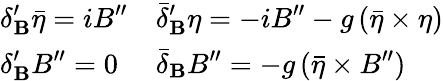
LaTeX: \begin{array}{ll}{{\displaystyle\delta_{\mathbf B}^{\prime}\bar{\eta}=iB^{\prime\prime}}}&{{\displaystyle\bar{\delta}_{\mathbf B}^{\prime}\eta=-iB^{\prime\prime}-g\, (\bar{\eta}\times\eta)}}\\ {{\displaystyle\delta_{\mathbf B}^{\prime}B^{\prime\prime}=0}}&{{\displaystyle\bar{\delta}_{\mathbf B}B^{\prime\prime}=-g\, (\bar{\eta}\times B^{\prime\prime})}}\end{array}